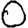
Digit: 0